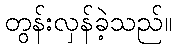
တွန်းလှန်ခဲ့သည်။